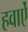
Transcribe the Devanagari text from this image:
हवाऐं